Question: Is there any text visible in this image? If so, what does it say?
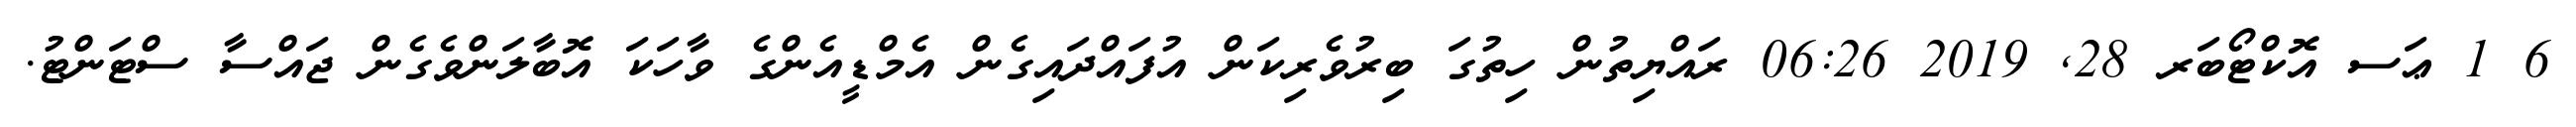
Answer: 6 1 ޢަސ އޮކްޓޯބަރ 28, 2019 06:26 ރައްޔިތުން ހިތުގަ ބިރުވެރިކަން އުފައްދައިގެން އެމްޑީއެންގެ ވާހަކަ އޮބާލަންވެގެން ޖައްސާ ސްޓަންޓު.